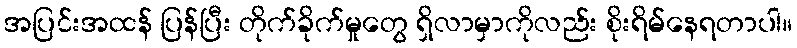
အပြင်းအထန် ပြန်ပြီး တိုက်ခိုက်မှုတွေ ရှိလာမှာကိုလည်း စိုးရိမ်နေရတာပါ။